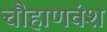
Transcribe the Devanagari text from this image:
चौहाणवंश